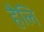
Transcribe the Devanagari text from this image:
हैलि